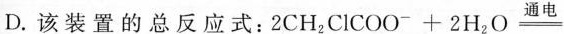
D.该装置的总反应式：$$2 C H _{ 2 } C l C O O ^{ - } + 2 H _{ 2